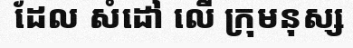
ដែល សំដៅ លើ ក្រុមនុស្ស